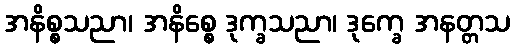
အနိစ္စသညာ၊ အနိစ္စေ ဒုက္ခသညာ၊ ဒုက္ခေ အနတ္တသ